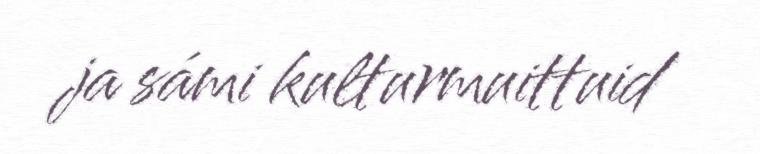
ja sámi kulturmuittuid